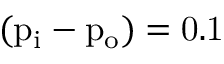
( \mathrm { { p } _ { \mathrm { { i } } } - \mathrm { { p } _ { \mathrm { { o } } } ) = 0 . 1 } }